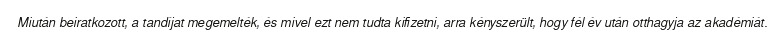
Miután beiratkozott, a tandíjat megemelték, és mivel ezt nem tudta kifizetni, arra kényszerült, hogy fél év után otthagyja az akadémiát.